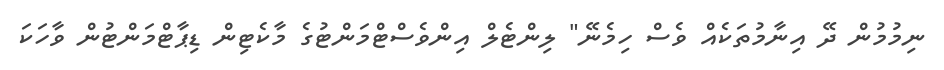
ނިމުމުން ދޭ އިނާމުތަކެއް ވެސް ހިމެނޭ" ލިންޓެލް އިންވެސްޓްމަންޓުގެ މާކެޓިން ޑިޕާޓްމަންޓުން ވާހަކަ